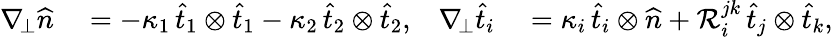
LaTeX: \begin{array}{rlrl}{\nabla_{\! \bot}\widehat{n}}&{{}=-\kappa_{1}\, \widehat{t}_{1}\otimes\widehat{t}_{1}-\kappa_{2}\, \widehat{t}_{2}\otimes\widehat{t}_{2},}&{\nabla_{\! \bot}\widehat{t}_{i}}&{{}=\kappa_{i}\, \widehat{t}_{i}\otimes\widehat{n}+\mathcal{R}_{i}^{jk}\, \widehat{t}_{j}\otimes\widehat{t}_{k},}\end{array}